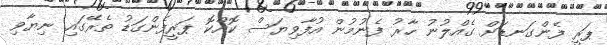
ޕަރީ ފެންގަނޑަށް ގެއްލުނު ހާރު ފެނުމުން އުފާވިޔަސް ކޮއްކޮ ޕަރީފެންގަޑު ތެރޭގައި ނިޔާވި